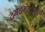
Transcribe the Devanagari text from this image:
दगडगोट्यांनी